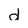
Character: d